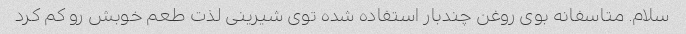
سلام. متاسفانه بوی روغن چندبار استفاده شده توی شیرینی لذت طعم خوبش رو کم کرد